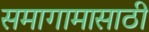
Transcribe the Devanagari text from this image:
समागामासाठी